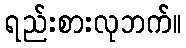
ရည်းစားလုဘက်။